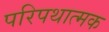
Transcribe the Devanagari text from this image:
परिपथात्मक